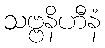
သဗ္ဗနိဟီနံ